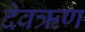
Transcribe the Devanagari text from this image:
देवऋण